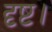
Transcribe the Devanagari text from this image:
दृष्ट।